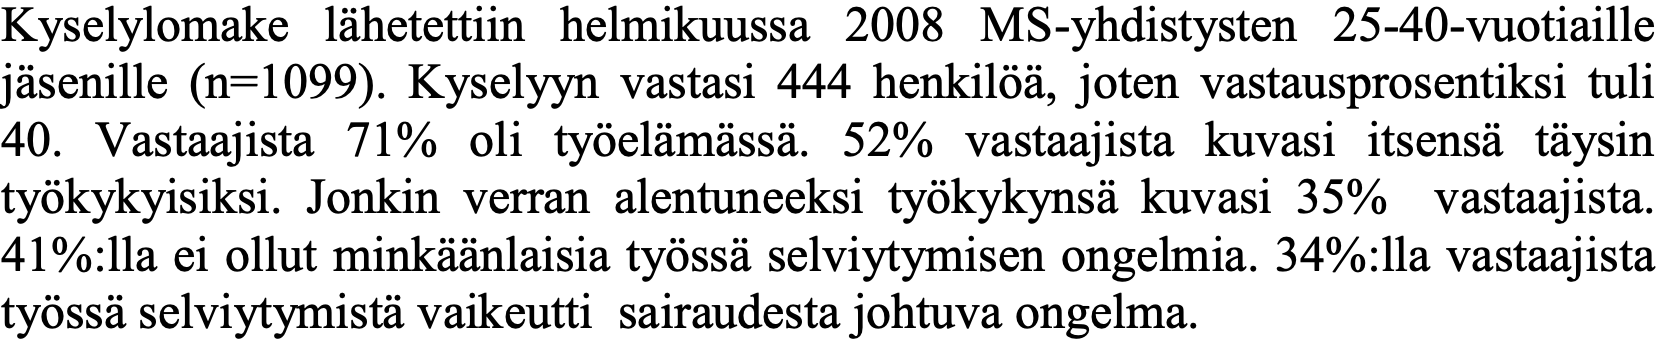
Kyselylomake lähetettiin helmikuussa 2008 MS-yhdistysten 25-40-vuotiaille jäsenille (n=1099). Kyselyyn vastasi 444 henkilöä, joten vastausprosentiksi tuli 40. Vastaajista 71% oli työelämässä. 52% vastaajista kuvasi itsensä täysin työkykyisiksi. Jonkin verran alentuneeksi työkykynsä kuvasi 35% vastaajista. 41%:lla ei ollut minkäänlaisia työssä selviytymisen ongelmia. 34%:lla vastaajista työssä selviytymistä vaikeutti sairaudesta johtuva ongelma.